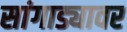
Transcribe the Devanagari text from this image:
सांगाड्यावर